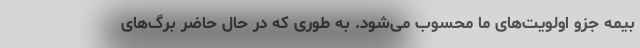
بیمه جزو اولویت‌های ما محسوب می‌شود. به طوری که در حال حاضر برگ‌های